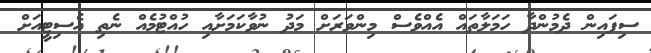
ސިފައިން ދެމުންދާ ހަމަލާތައް އެއްވެސް މިންވަރަށް މަދު ނުވާކަމަށާއި ހުއްޓުމެއް ނެތި އެސިޓީއަށް